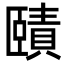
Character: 賾